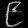
Digit: ၉